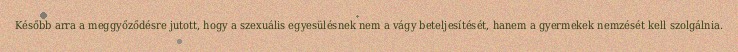
Később arra a meggyőződésre jutott, hogy a szexuális egyesülésnek nem a vágy beteljesítését, hanem a gyermekek nemzését kell szolgálnia.